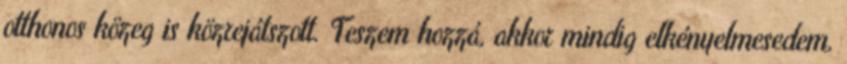
otthonos közeg is közrejátszott. Teszem hozzá, akkor mindig elkényelmesedem,